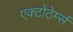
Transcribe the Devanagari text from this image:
एक्टोठेर्म्स